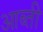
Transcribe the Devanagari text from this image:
आब्ती